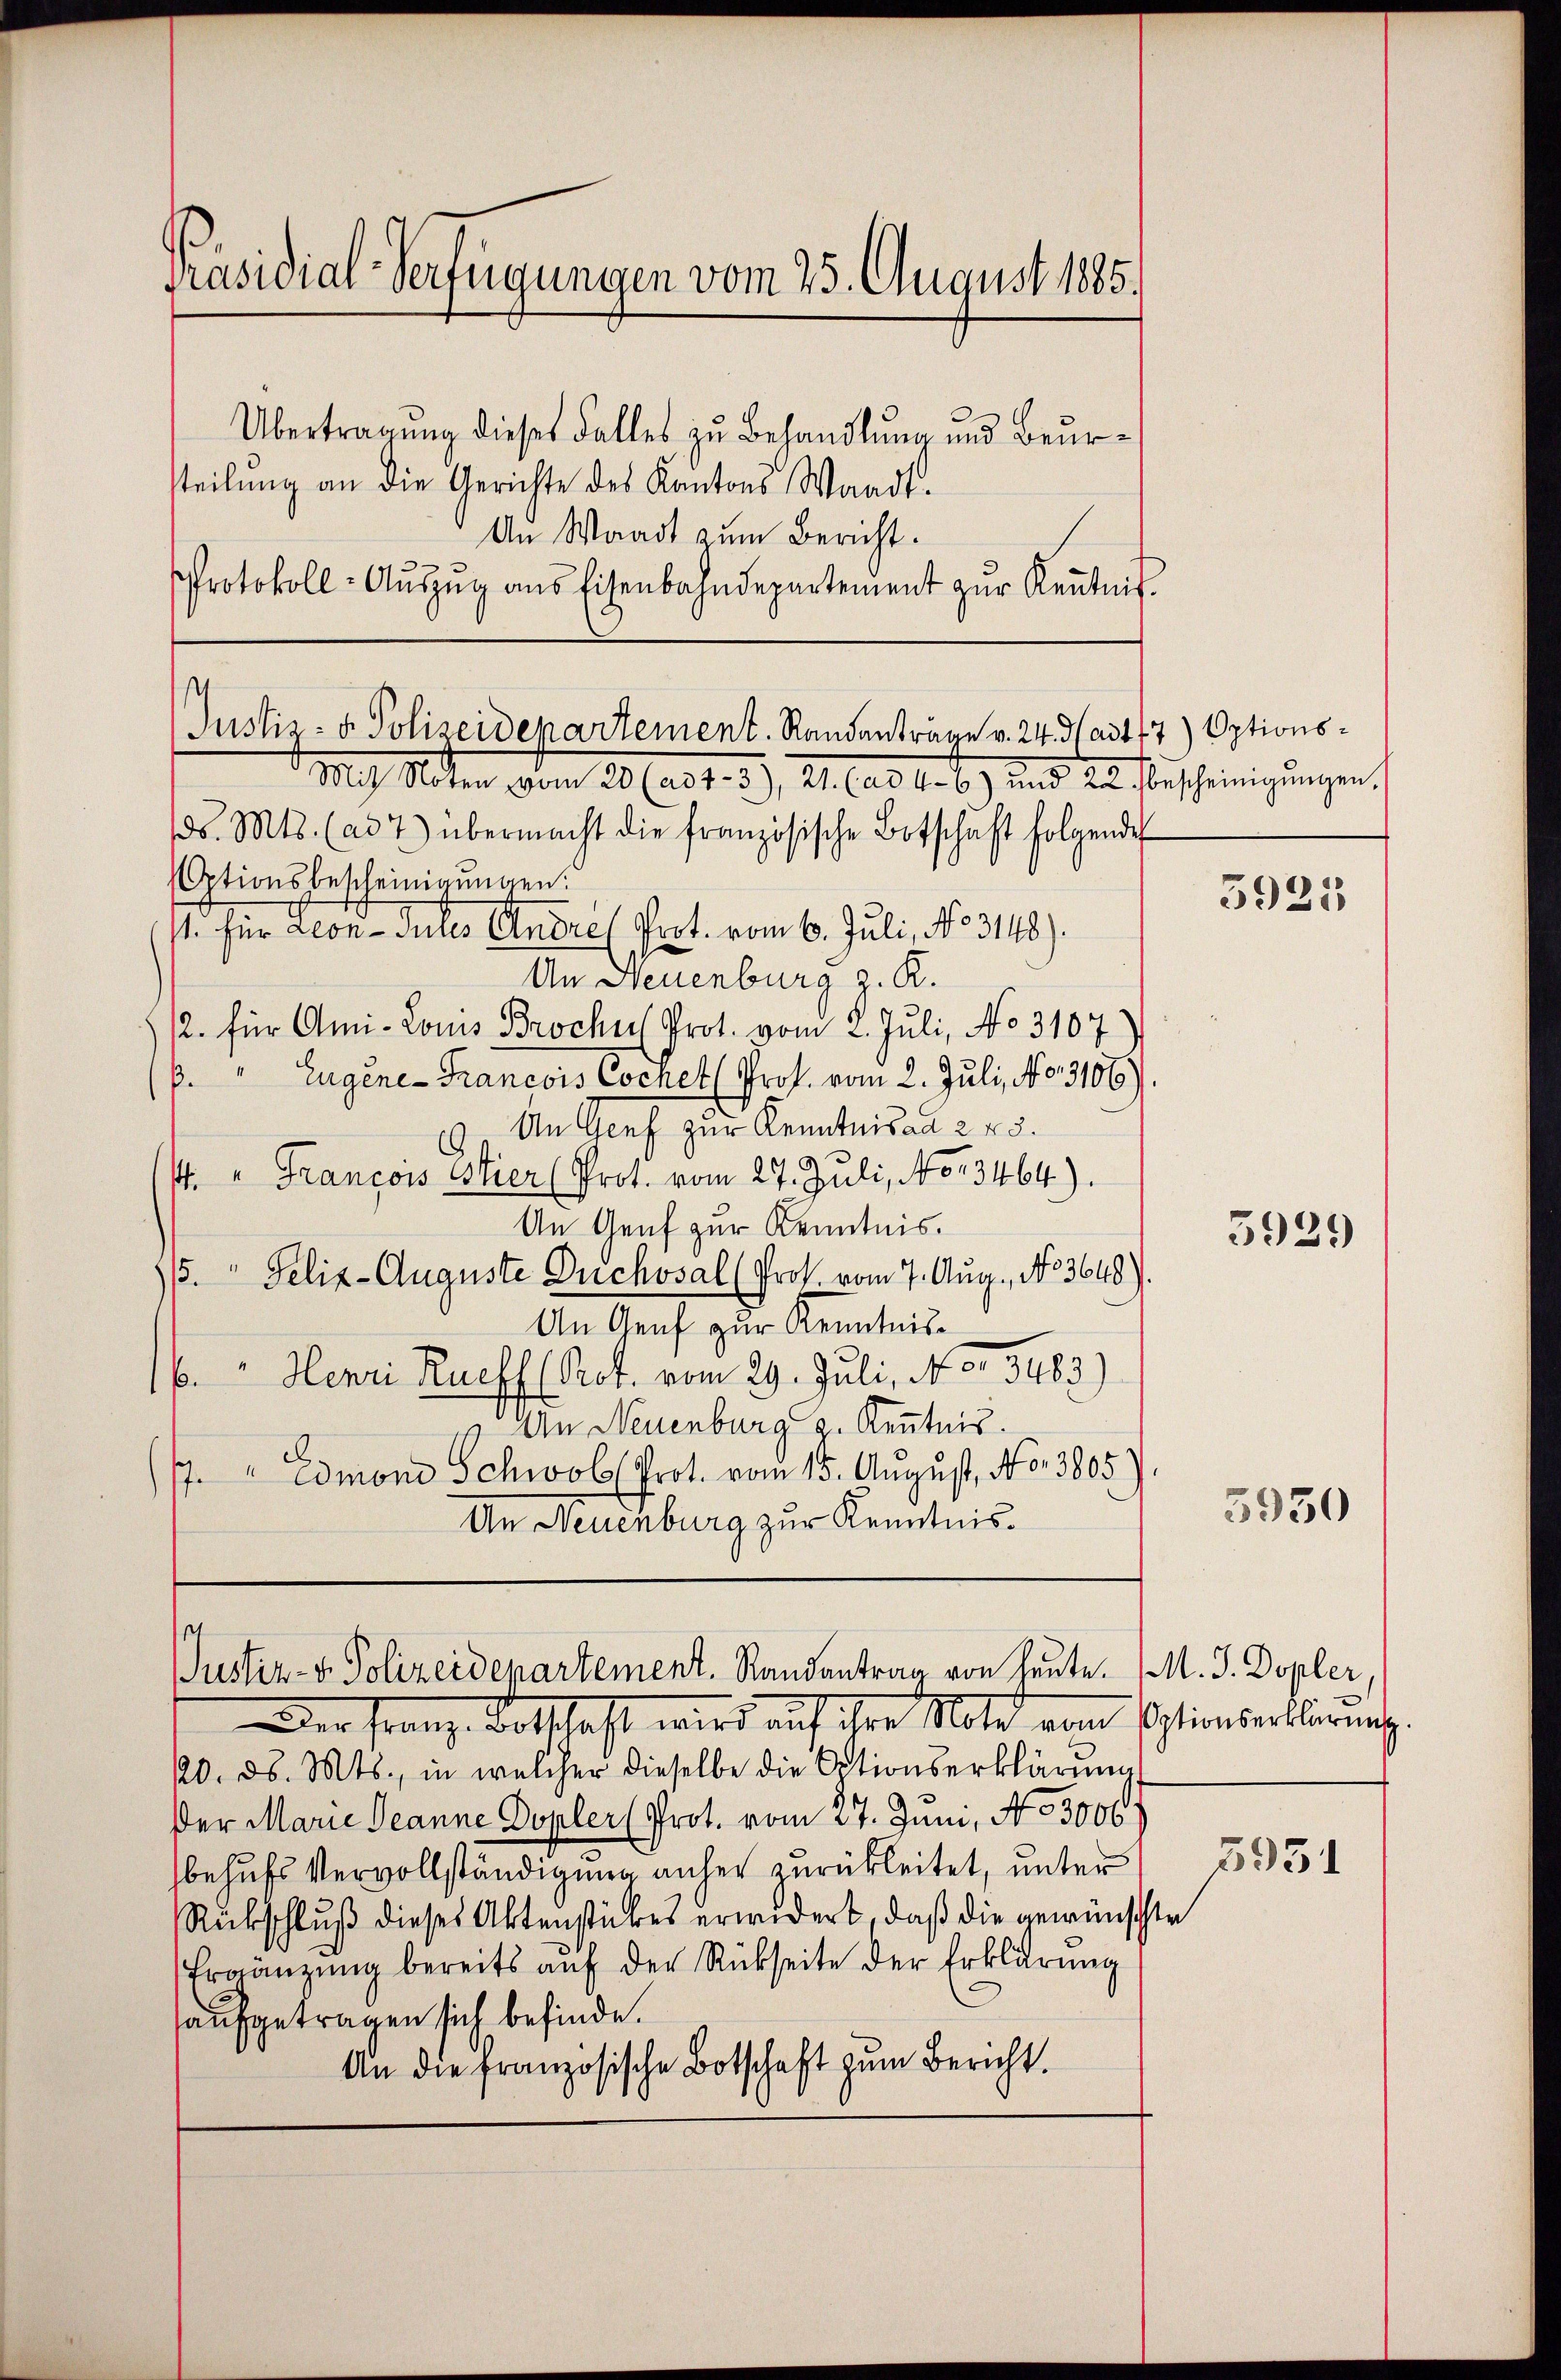
Präsidial-Verfügungen vom 25. August 1885.

Übertragung dieses Falles zu Behandlung und Beursteilŭng an die Gerichte des Kantons Waadt-
An Waadt zum Bericht.
Protokoll-Aŭszŭg ans Eisenbahndepartement zŭr Keṅtnis.

Justiz- u. Polizeidepartement. Randanträge v. 24. ad 117) Options¬

Justiz- & Polizeidepartement. Randantrag von heute. M. J. Dopler,

Mih Alten vom 20 (er 1. 39, 21. (ad b. b.) und die Bescheinigungen
ds. Mts. (ad 7) übermacht die französische Botschaft folgende
Otionsbescheinigungen.
1. für Leon-Jules Andres Prot. vom 6. Juli, No 3148).
An Neuenburg z. R.
2. für Ami-Louis Broche Prot. vom 2. Juli, No 3107
6. " Eugene-Francois Cochet Prof. vom 2. Juli, No. 3106)
19. An Genf zur Kenntnis ad 245.
/4. " Francois Stier (Prot. vom 27. Juli, No 13464).
An Genf zur Kenntnis.
5. Felix-Auguste Duchosal (Prof. vom 7. Aug., No 3648).
An Genf zur Kenntnis-
6. " Henri Rueff (Pot. vom 29. Juli, N. 3. 5483)
An Neuenburg Kenntnis.
1 " Eomon Schwol Prot. vom 15. August, No. 3805
An Neuenburg zur Kenntnis.

Der Franz Botschaft wird auf ihre Mild vom Einserklärung.
20. ds. Mts., in welcher dieselbe die Optionserklärung
Der Marie Jeanne Dopler Prot. vom 27. Juni, N. 3300.
behufs Vervollständigung anher zurückleitet, unter
Rückschluß dieses Aktenstückes erwidert, daß die gewünschte
Ergänzung bereits auf der Rückseite der Erklärung
aufgetragen sich befinde.
An die französische Botschaft zum Bericht.

5925

5931)

3930

5954